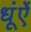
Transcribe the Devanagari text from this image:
धूंऐं